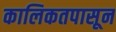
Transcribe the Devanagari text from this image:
कालिकतपासून